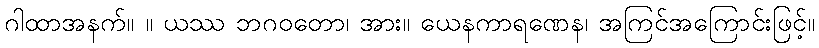
ဂါထာအနက်။ ။ ယဿ ဘဂဝတော၊ အား။ ယေနကာရဏေန၊ အကြင်အကြောင်းဖြင့်။